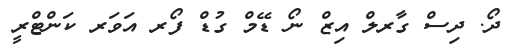
ދޯ. ދިސް ގާރލް އިޒް ނޯ ޑޭމް ގުޑް ފޯރ އަވަރ ކަންޓްރީ